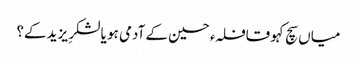
میاں سچ کہو قافلہء حسین کے آدمی ہو یا لشکرِ یزید کے؟